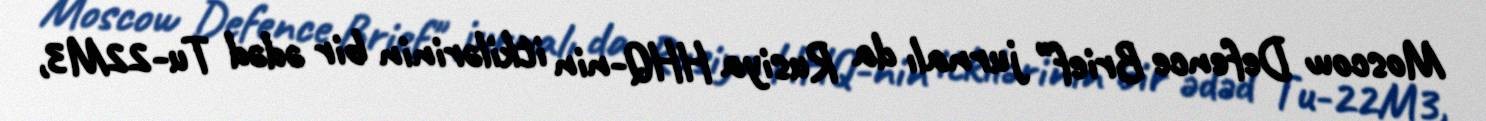
Moscow Defence Brief" jurnalı da Rusiya HHQ-nin itkilərinin bir ədəd Tu-22M3,